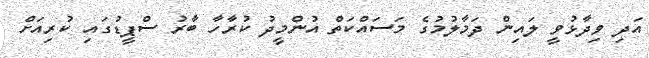
އަދި ވިދާޅުވީ ލައިން ދަމާލުމުގެ މަސައްކަތް އުންމީދު ކުރާހާ ބާރު ސްޕީޑުގައި ކުރިއަށް